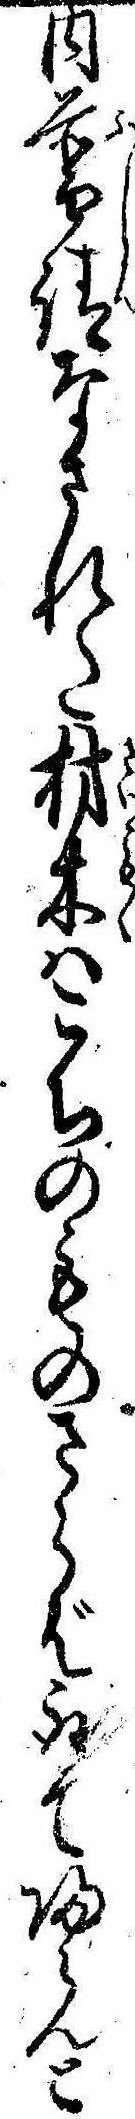
内普請なされた材木はこちのものさらば取て帰らんと